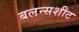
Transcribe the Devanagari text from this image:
बलन्सशीट